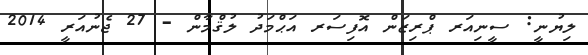
ލިޔުނީ: ސީނިއަރ ޕްރިޒަން އޮފިސަރ އަޙްމަދު ލުޤްމާން - 27 ޖެނުއަރީ 2014